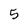
Character: 5